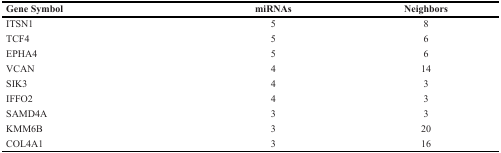
| Gene Symbol | miRNAs | Neighbors |
 | --- | --- | --- |
 | ITSN1 | 5 | 8 |
 | TCF4 | 5 | 6 |
 | EPHA4 | 5 | 6 |
 | VCAN | 4 | 14 |
 | SIK3 | 4 | 3 |
 | IFFO2 | 4 | 3 |
 | SAMD4A | 3 | 3 |
 | KMM6B | 3 | 20 |
 | COL4A1 | 3 | 16 |